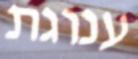
ענוגת